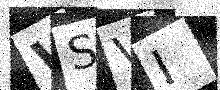
Text: WSVI